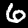
Label: 6